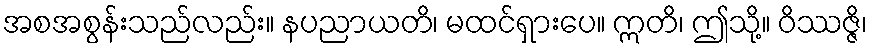
အစအစွန်းသည်လည်း။ နပညာယတိ၊ မထင်ရှားပေ။ ဣတိ၊ ဤသို့။ ဝိဿဇ္ဇိ၊